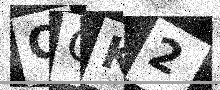
Text: OGK2